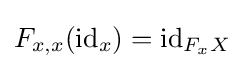
F_{x,x}(\mathrm {id} _{x})=\mathrm {id} _{F_{x}X}